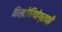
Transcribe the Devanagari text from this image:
हिस्टोरियोग्राफ़ी